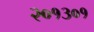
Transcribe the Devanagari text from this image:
२०१३०१